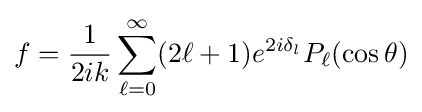
f={\frac {1}{2ik}}\sum _{\ell =0}^{\infty }(2\ell +1)e^{2i\delta _{l}}P_{\ell }(\cos \theta )